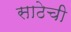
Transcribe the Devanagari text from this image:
साठेची